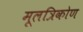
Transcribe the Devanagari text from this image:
मूलत्रिकोण